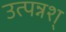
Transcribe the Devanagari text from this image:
उत्पन्नश्